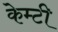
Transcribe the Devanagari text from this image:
केम्टी